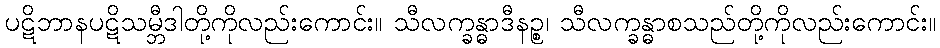
ပဋိဘာနပဋိသမ္ဘီဒါတို့ကိုလည်းကောင်း။ သီလက္ခန္ဓာဒီနဉ္စ၊ သီလက္ခန္ဓာစသည်တို့ကိုလည်းကောင်း။